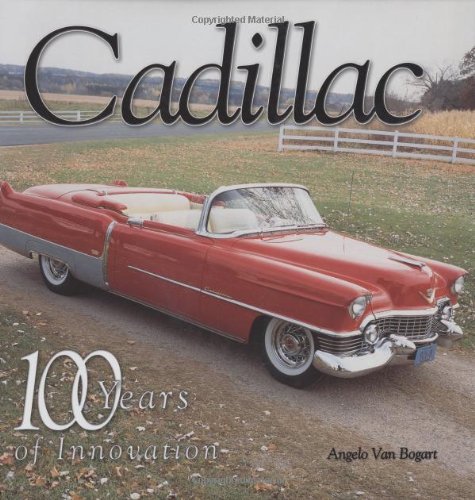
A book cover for Cadillac: 100 Years of Innovation; Angelo Van Bogart; Engineering & Transportation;